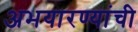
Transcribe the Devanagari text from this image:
अभयारण्यांची